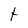
Character: t